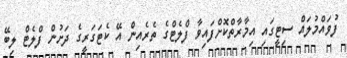
ފުވައްމުލައް ސިޓީގައި އިމާރާތްކޮށްފައިވާ ފްލެޓްގެ ތެރެއިން އޭ ކެޓަގަރީގެ ދަށުން ފްލެޓް ލިބޭ